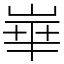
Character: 崋